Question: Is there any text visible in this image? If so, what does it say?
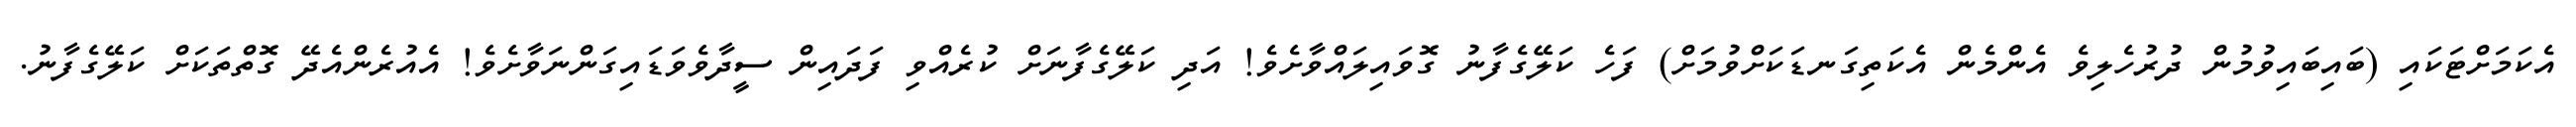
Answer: އެކަމަށްޓަކައި (ބައިބައިވުމުން ދުރުހެލިވެ އެންމެން އެކަތިގަނޑަކަށްވުމަށް) ފަހެ ކަލޭގެފާނު ގޮވައިލައްވާށެވެ! އަދި ކަލޭގެފާނަށް ކުރެއްވި ފަދައިން ސީދާވެވަޑައިގަންނަވާށެވެ! އެއުރެންއެދޭ ގޮތްތަކަށް ކަލޭގެފާނު.